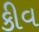
કીવ